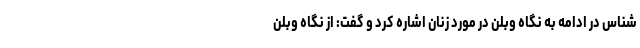
شناس در ادامه به نگاه وبلن در مورد زنان اشاره کرد و گفت: از نگاه وبلن